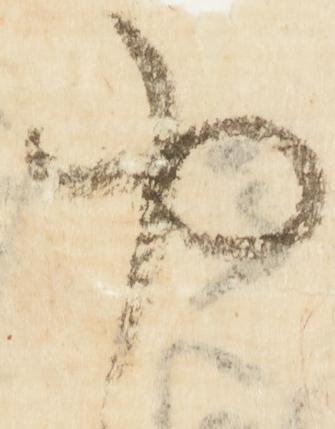
や